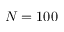
N = 1 0 0